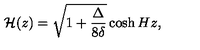
{ \cal H } ( z ) = \sqrt { 1 + \frac { \Delta } { 8 \delta } } \cosh { H z } ,